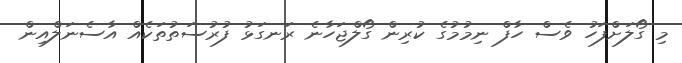
މި ގޯލަށްފަހު ވެސް ހާފް ނިމުމުގެ ކުރިން ގޯލްޖަހާނެ ރަނގަޅު ފުރުސަތުތަކެއް އާސެނަލްއިން